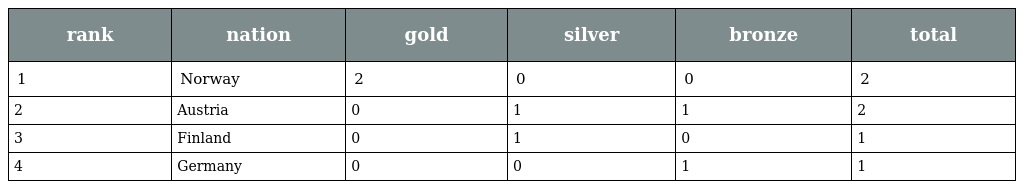
| rank | nation | gold | silver | bronze | total |
 | --- | --- | --- | --- | --- | --- |
 | 1 | Norway | 2 | 0 | 0 | 2 |
 | 2 | Austria | 0 | 1 | 1 | 2 |
 | 3 | Finland | 0 | 1 | 0 | 1 |
 | 4 | Germany | 0 | 0 | 1 | 1 |